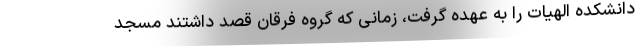
دانشکده الهیات را به عهده گرفت، زمانی که گروه فرقان قصد داشتند مسجد